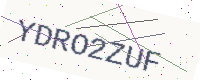
Text: YDRO2ZUF